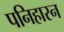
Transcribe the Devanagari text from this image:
पनिहारन